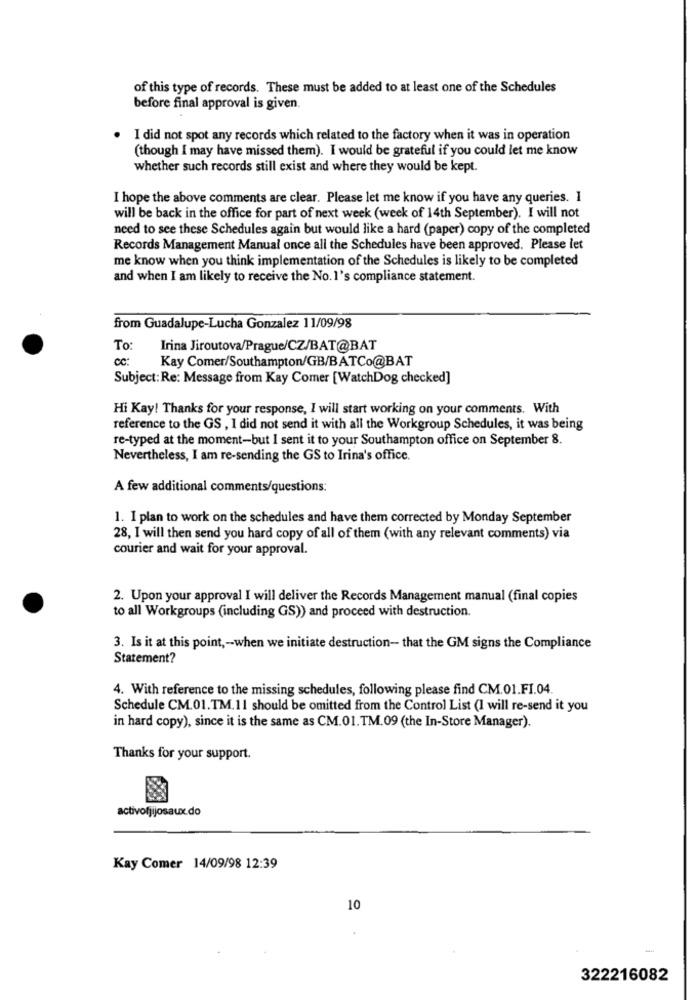
of this type of records. These must be added to at least one of the Schedules
before final approval is given.
I did not spot any records which related to the factory when it was in operation
(though I may have missed them). I would be grateful if you could let me know
whether such records still exist and where they would be kept.
I hope the above comments are clear. Please let me know if you have any queries. 1
will be back in the office for part of next week (week of 14th September). I will not
need to see these Schedules again but would like a hard (paper) copy of the completed
Records Management Manual once all the Schedules have been approved. Please let
me know when you think implementation of the Schedules is likely to be completed
and when I am likely to receive the No.1's compliance statement.
from Guadalupe-Lucha Gonzalez 11/09/98
To
Irina Jiroutova/Prague/CZ/BAT@BAT
cc:
Kay Comer/Southampton/GB/BATCo@BAT
Subject: Re: Message from Kay Comer [WatchDog checked]
Hi Kay! Thanks for your response, I will start working on your comments. With
reference to the GS , I did not send it with all the Workgroup Schedules, it was being
re-typed at the moment-but I sent it to your Southampton office on September 8.
Nevertheless, I am re-sending the GS to Irina's office.
A few additional comments/questions:
1. I plan to work on the schedules and have them corrected by Monday September
28, I will then send you hard copy of all of them (with any relevant comments) via
courier and wait for your approval.
2. Upon your approval I will deliver the Records Management manual (final copies
to all Workgroups (including GS)) and proceed with destruction.
3. Is it at this point ,- when we initiate destruction- that the GM signs the Compliance
Statement?
4. With reference to the missing schedules, following please find CM.01.FI.04.
Schedule CM.01.TM.11 should be omitted from the Control List (I will re-send it you
in hard copy), since it is the same as CM.01. TM.09 (the In-Store Manager).
Thanks for your support.
activofjijosaux.do
Kay Comer 14/09/98 12:39
10
322216082